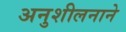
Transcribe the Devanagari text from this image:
अनुशीलनाने